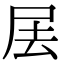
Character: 𡱅